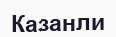
Казанли